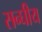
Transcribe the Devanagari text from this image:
सन्घीय